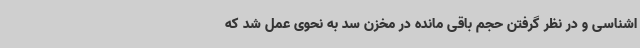
اشناسی و در نظر گرفتن حجم باقی مانده در مخزن سد به نحوی عمل شد که